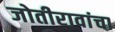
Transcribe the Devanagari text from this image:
जोतीरावांचा